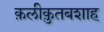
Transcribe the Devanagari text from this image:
क़लीक़ुतबशाह